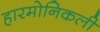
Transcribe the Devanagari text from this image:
हारमोनिकली